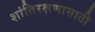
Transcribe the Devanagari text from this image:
शांतिरक्षणासाठी